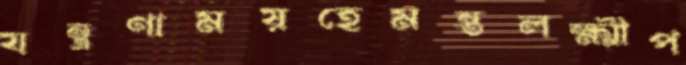
যন্ত্রণাময়হেমন্তলক্ষ্মীপ